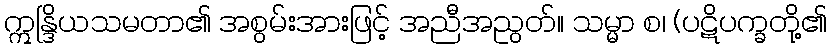
ဣန္ဒြိယသမတာ၏ အစွမ်းအားဖြင့် အညီအညွတ်။ သမ္မာ စ၊ (ပဋိပက္ခတို့၏